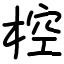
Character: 椌